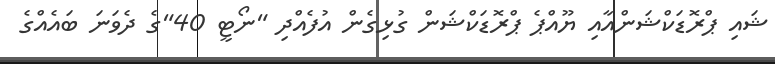
ޝައި ޕްރޮޑަކްޝަންއާއި ޔޫއްޕެ ޕްރޮޑަކްޝަން ގުޅިގެން އުފެއްދި "ނޯޓީ 40"ގެ ދެވަނަ ބައެއްގެ